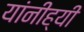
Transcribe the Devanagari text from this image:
यांनीह्यी